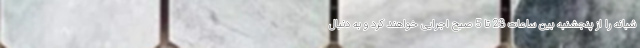
شبانه را از پنجشنبه بین ساعات 23 تا 5 صبح اجرایی خواهند کرد و به دنبال